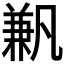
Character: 𠔮